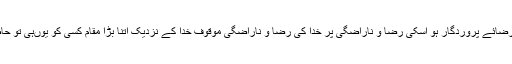
(۳) تھوڑا فہم و شعور آیا تو ذہن سوچنے پر مجبور ہو گیا ایسے کیوں کر ممکن ہے کہ کوئی ذات محور رضائے پروردگار ہو اسکی رضا و ناراضگی پر خدا کی رضا و ناراضگی موقوف خدا کے نزدیک اتنا بڑا مقام کسی کو یوںہی تو حاصل نہیں ہو سکتا کیا وجہ ہے کہ جناب فاطمہ زہرا سلام اللہ علیہا کی ذات محور رضائے الہی قرار پائی؟